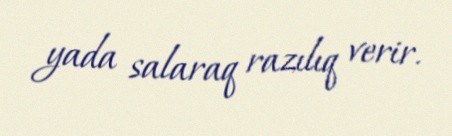
yada salaraq razılıq verir.